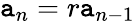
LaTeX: \mathtt{a}_{n}=r\mathtt{a}_{n-1}